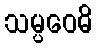
သမ္ပဝေဓိ